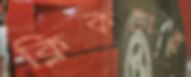
ক্লিকটাই